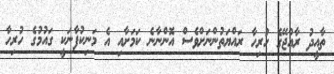
ތާއީދު ރާއްޖޭގެ ހުރިހާ ރައްޔަތުންނަށްވެސް އޮންނާނެ ކަމަށާއި އެ މަނިކުފާނަކީ ގައުމުގެ ހުރިހާ